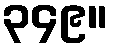
၃၄၉။